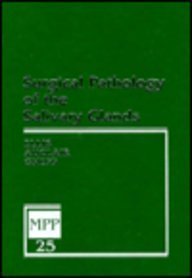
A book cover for Surgical Pathology of the Salivary Glands: Volume 25 in the Major Problems in Pathology Series, 1e; Gary L. Ellis DDS; Medical Books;